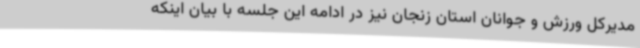
مدیرکل ورزش و جوانان استان زنجان نیز در ادامه این جلسه با بیان اینکه